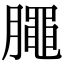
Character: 𣎜